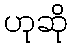
ဟုဆို